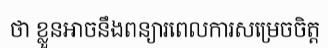
ថា ខ្លួនអាចនឹងពន្យារពេលការសម្រេចចិត្ត